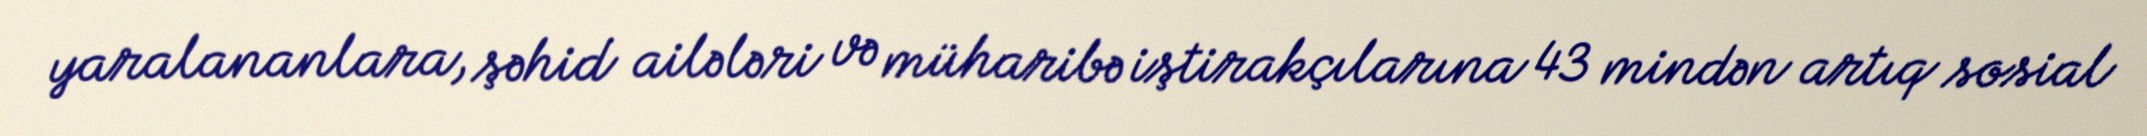
yaralananlara, şəhid ailələri və müharibə iştirakçılarına 43 mindən artıq sosial